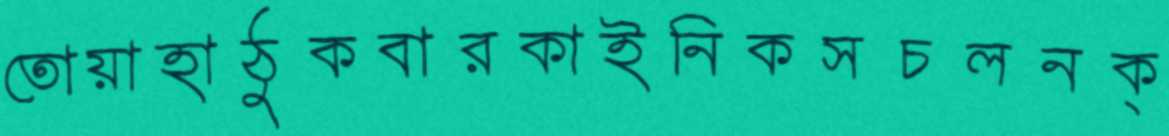
তোয়াহাঠুকবারকাইনিকসচলনক্